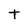
Character: t